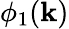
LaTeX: \phi_{1}(\mathbf{k})